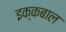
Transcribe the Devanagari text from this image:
इक्कबाल